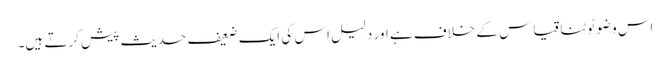
اس وضو ٹوٹنا قیاس کے خلاف ہے اور دلیل اس کی ایک ضعیف حدیث پیش کرتے ہیں۔